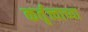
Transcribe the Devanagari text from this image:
कर्तृत्त्वाच्या